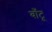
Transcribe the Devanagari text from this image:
बाँटू